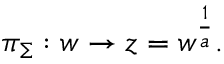
\pi _ { \Sigma } : w \to z = w ^ { { \frac { 1 } { a } } } .